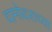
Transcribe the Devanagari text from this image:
दामोदराच्या